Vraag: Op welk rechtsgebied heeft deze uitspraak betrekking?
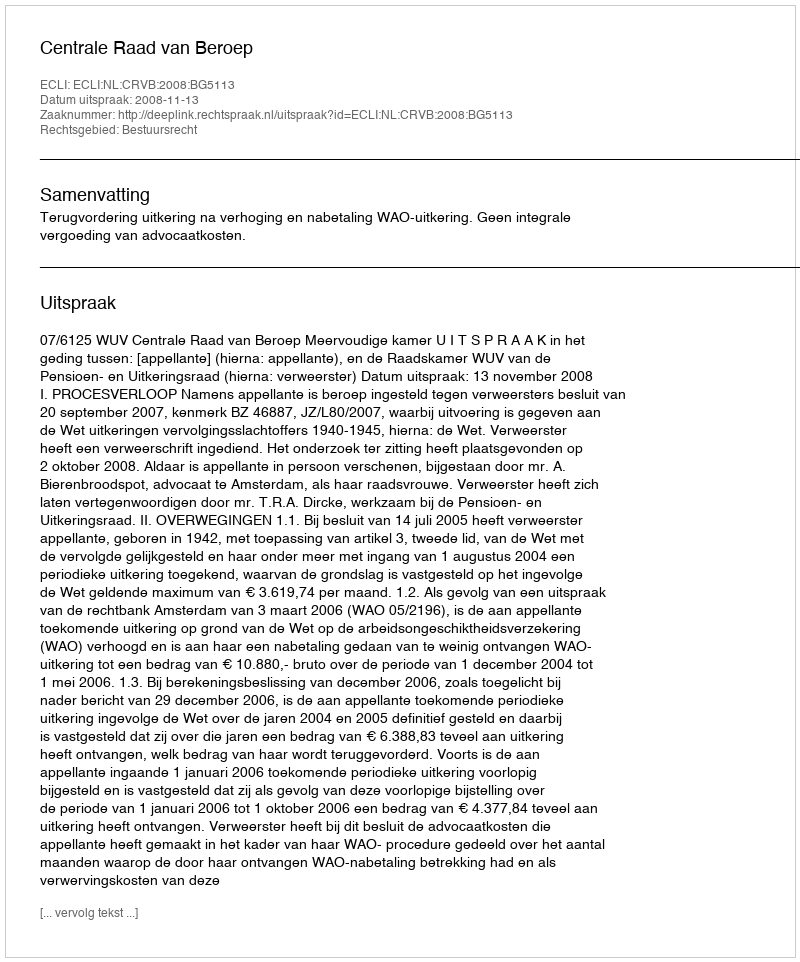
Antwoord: Bestuursrecht